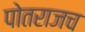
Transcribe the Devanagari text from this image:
पोतराजच